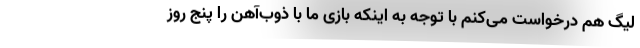
لیگ هم درخواست می‌کنم با توجه به اینکه بازی ما با ذوب‌آهن را پنج روز